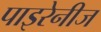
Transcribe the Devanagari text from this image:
पाइरेनीज